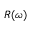
R ( \omega )